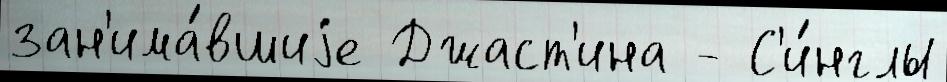
зан'има́вшиjе Джаст'ина - С'и́нглы